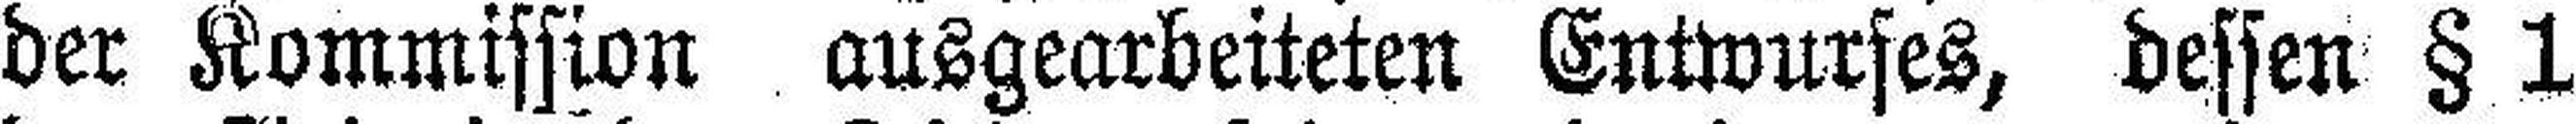
der Kommission ausgearbeiteten Entwurfes, dessen § 1